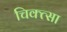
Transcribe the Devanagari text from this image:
चिक्त्सा